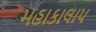
મહાકાલાપ